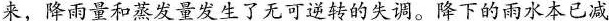
来，降雨量和蒸发量发生了无可逆转的失调。降下的雨水本已减